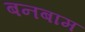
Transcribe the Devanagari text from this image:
बनबाम